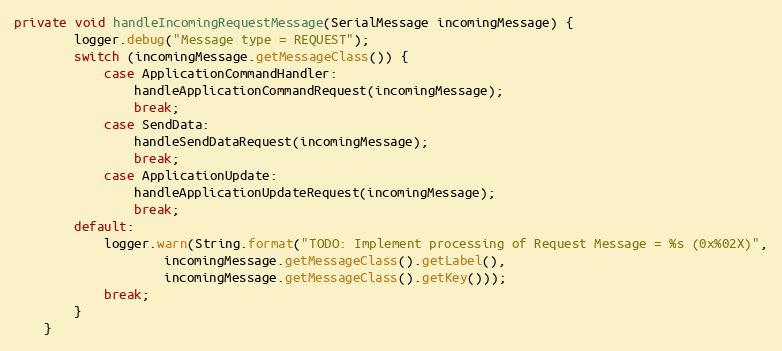
Language: Java
private void handleIncomingRequestMessage(SerialMessage incomingMessage) {
		logger.debug("Message type = REQUEST");
		switch (incomingMessage.getMessageClass()) {
			case ApplicationCommandHandler:
				handleApplicationCommandRequest(incomingMessage);
				break;
			case SendData:
				handleSendDataRequest(incomingMessage);
				break;
			case ApplicationUpdate:
				handleApplicationUpdateRequest(incomingMessage);
				break;
		default:
			logger.warn(String.format("TODO: Implement processing of Request Message = %s (0x%02X)",
					incomingMessage.getMessageClass().getLabel(),
					incomingMessage.getMessageClass().getKey()));
			break;
		}
	}